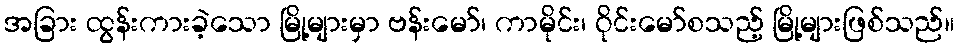
အခြား ထွန်းကားခဲ့သော မြို့များမှာ ဗန်းမော်၊ ကာမိုင်း၊ ဝိုင်းမော်စသည့် မြို့များဖြစ်သည်။